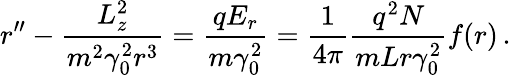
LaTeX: r^{\prime\prime}-\frac{L_{z}^{2}}{m^{2}\gamma_{0}^{2}r^{3}}=\frac{qE_{r}}{m\gamma_{0}^{2}}=\frac{1}{4\pi}\frac{q^{2}N}{mLr\gamma_{0}^{2}}f(r)\, .